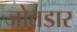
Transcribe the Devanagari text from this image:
जोतडार